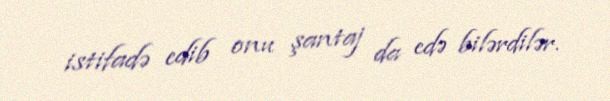
istifadə edib onu şantaj da edə bilərdilər.